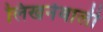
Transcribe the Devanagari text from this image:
लिखनेवाली